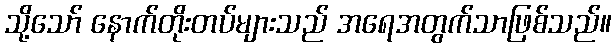
သို့သော် နောက်တိုးတပ်များသည် အရေအတွက်သာဖြစ်သည်။